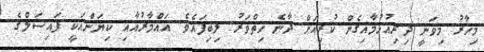
މިހާރު މިވަނީ ދިރިއުޅުމާއިގެން ކުރިއަށް ދާނެ ހިތްވަރު ލިބިފައެވެ. އައްމާރުއާއި ކިޔަންއަކީ ފައިސަލްގެ